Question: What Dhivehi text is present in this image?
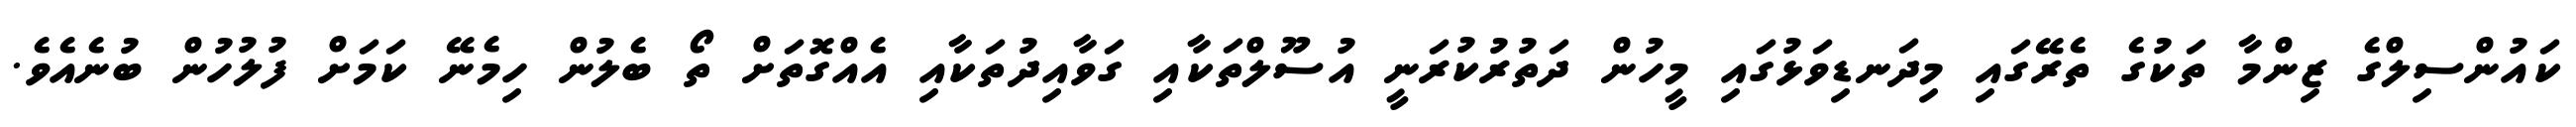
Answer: ކައުންސިލްގެ ޒިންމާ ތަކުގެ ތެރޭގައި މިދަނޑިވަޅުގައި މީހުން ދަތުރުކުރަނީ އުސޫލްތަކާއި ގަވާއިދުތަކާއި އެއްގޮތަށް ތޯ ބެލުން ހިމެނޭ ކަމަށް ފުލުހުން ބުނެއެވެ.